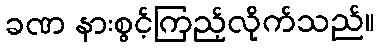
ခဏ နားစွင့်ကြည့်လိုက်သည်။